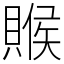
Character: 䞀